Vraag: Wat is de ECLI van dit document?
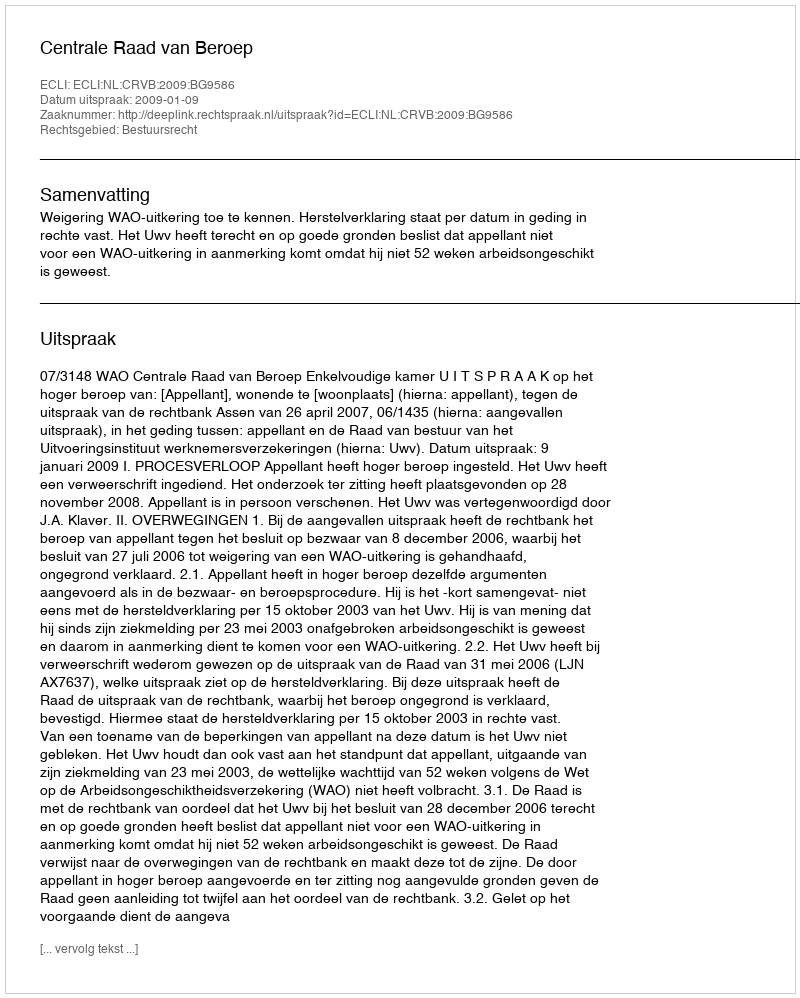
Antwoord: ECLI:NL:CRVB:2009:BG9586